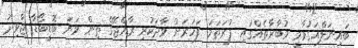
ބައިނަލްއަގުވާމީ މުބާރާތެއްގައި ފުރަތަމަ ފަހަރަށް ވާދަކުރި ރާއްޖޭގެ ތިން ވަނަ ބޮޑީބޯޑާ ޖާވިދު